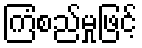
ကြံစည်မှုဖြင့်